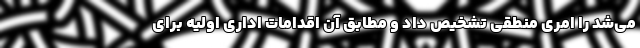
می‌شد را امری منطقی تشخیص داد و مطابق آن اقدامات اداری اولیه برای